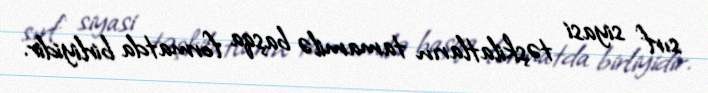
sırf siyasi təşkilatların tamamilə başqa formatda birliyidir.